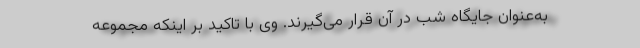
به‌عنوان جایگاه شب در آن قرار می‌گیرند. وی با تاکید بر اینکه مجموعه